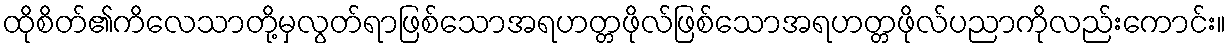
ထိုစိတ်၏ကိလေသာတို့မှလွတ်ရာဖြစ်သောအရဟတ္တဖိုလ်ဖြစ်သောအရဟတ္တဖိုလ်ပညာကိုလည်းကောင်း။